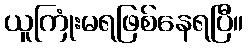
ယူကြုံးမရဖြစ်နေရပြီ။